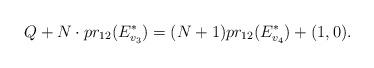
LaTeX: \begin{align*}Q+N\cdot pr_{12}(E^*_{v_3})=(N+1)pr_{12}(E^*_{v_4})+(1,0).\end{align*}